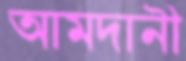
আমদানী